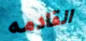
القادمه